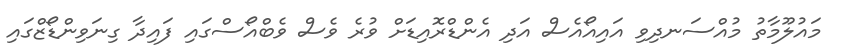
މައުލޫމާތު މުއްސަނދިވި އައިއޯއެސް އަދި އެންޑްރޮއިޑަށް ވުރެ ވެސް ވެބްއޯސްގައި ފައިދާ ގިނަވިންޑޯޒްގައި